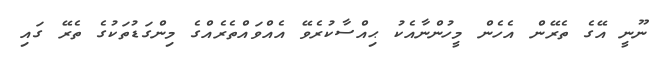
ނޫނީ އޭގެ ތެރޭން އެހެން މީހުންނާއެކު ޙިއްސާކުރެވޭ އެއްވައްތެރެއްގެ މިންގަޑުތަކުގެ ތެރޭ ގައި